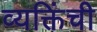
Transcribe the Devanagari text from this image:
व्यक्तिंची